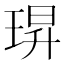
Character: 𮴢